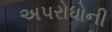
અપરોધોની